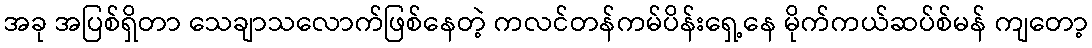
အခု အပြစ်ရှိတာ သေချာသလောက်ဖြစ်နေတဲ့ ကလင်တန်ကမ်ပိန်းရှေ့နေ မိုက်ကယ်ဆပ်စ်မန် ကျတော့